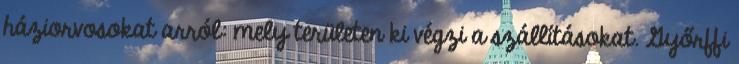
háziorvosokat arról: mely területen ki végzi a szállításokat. Győrffi